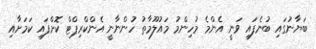
ބަޔާނުގައި ބުނެފައި ވަނީ އެންމެ މުހިންމު މައުލޫމާތު ހުންނާނީ އެންކްރިޕްޓް ކޮށްފައި ކަމަށާއި